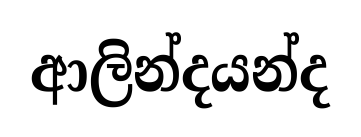
ආලින්දයන්ද